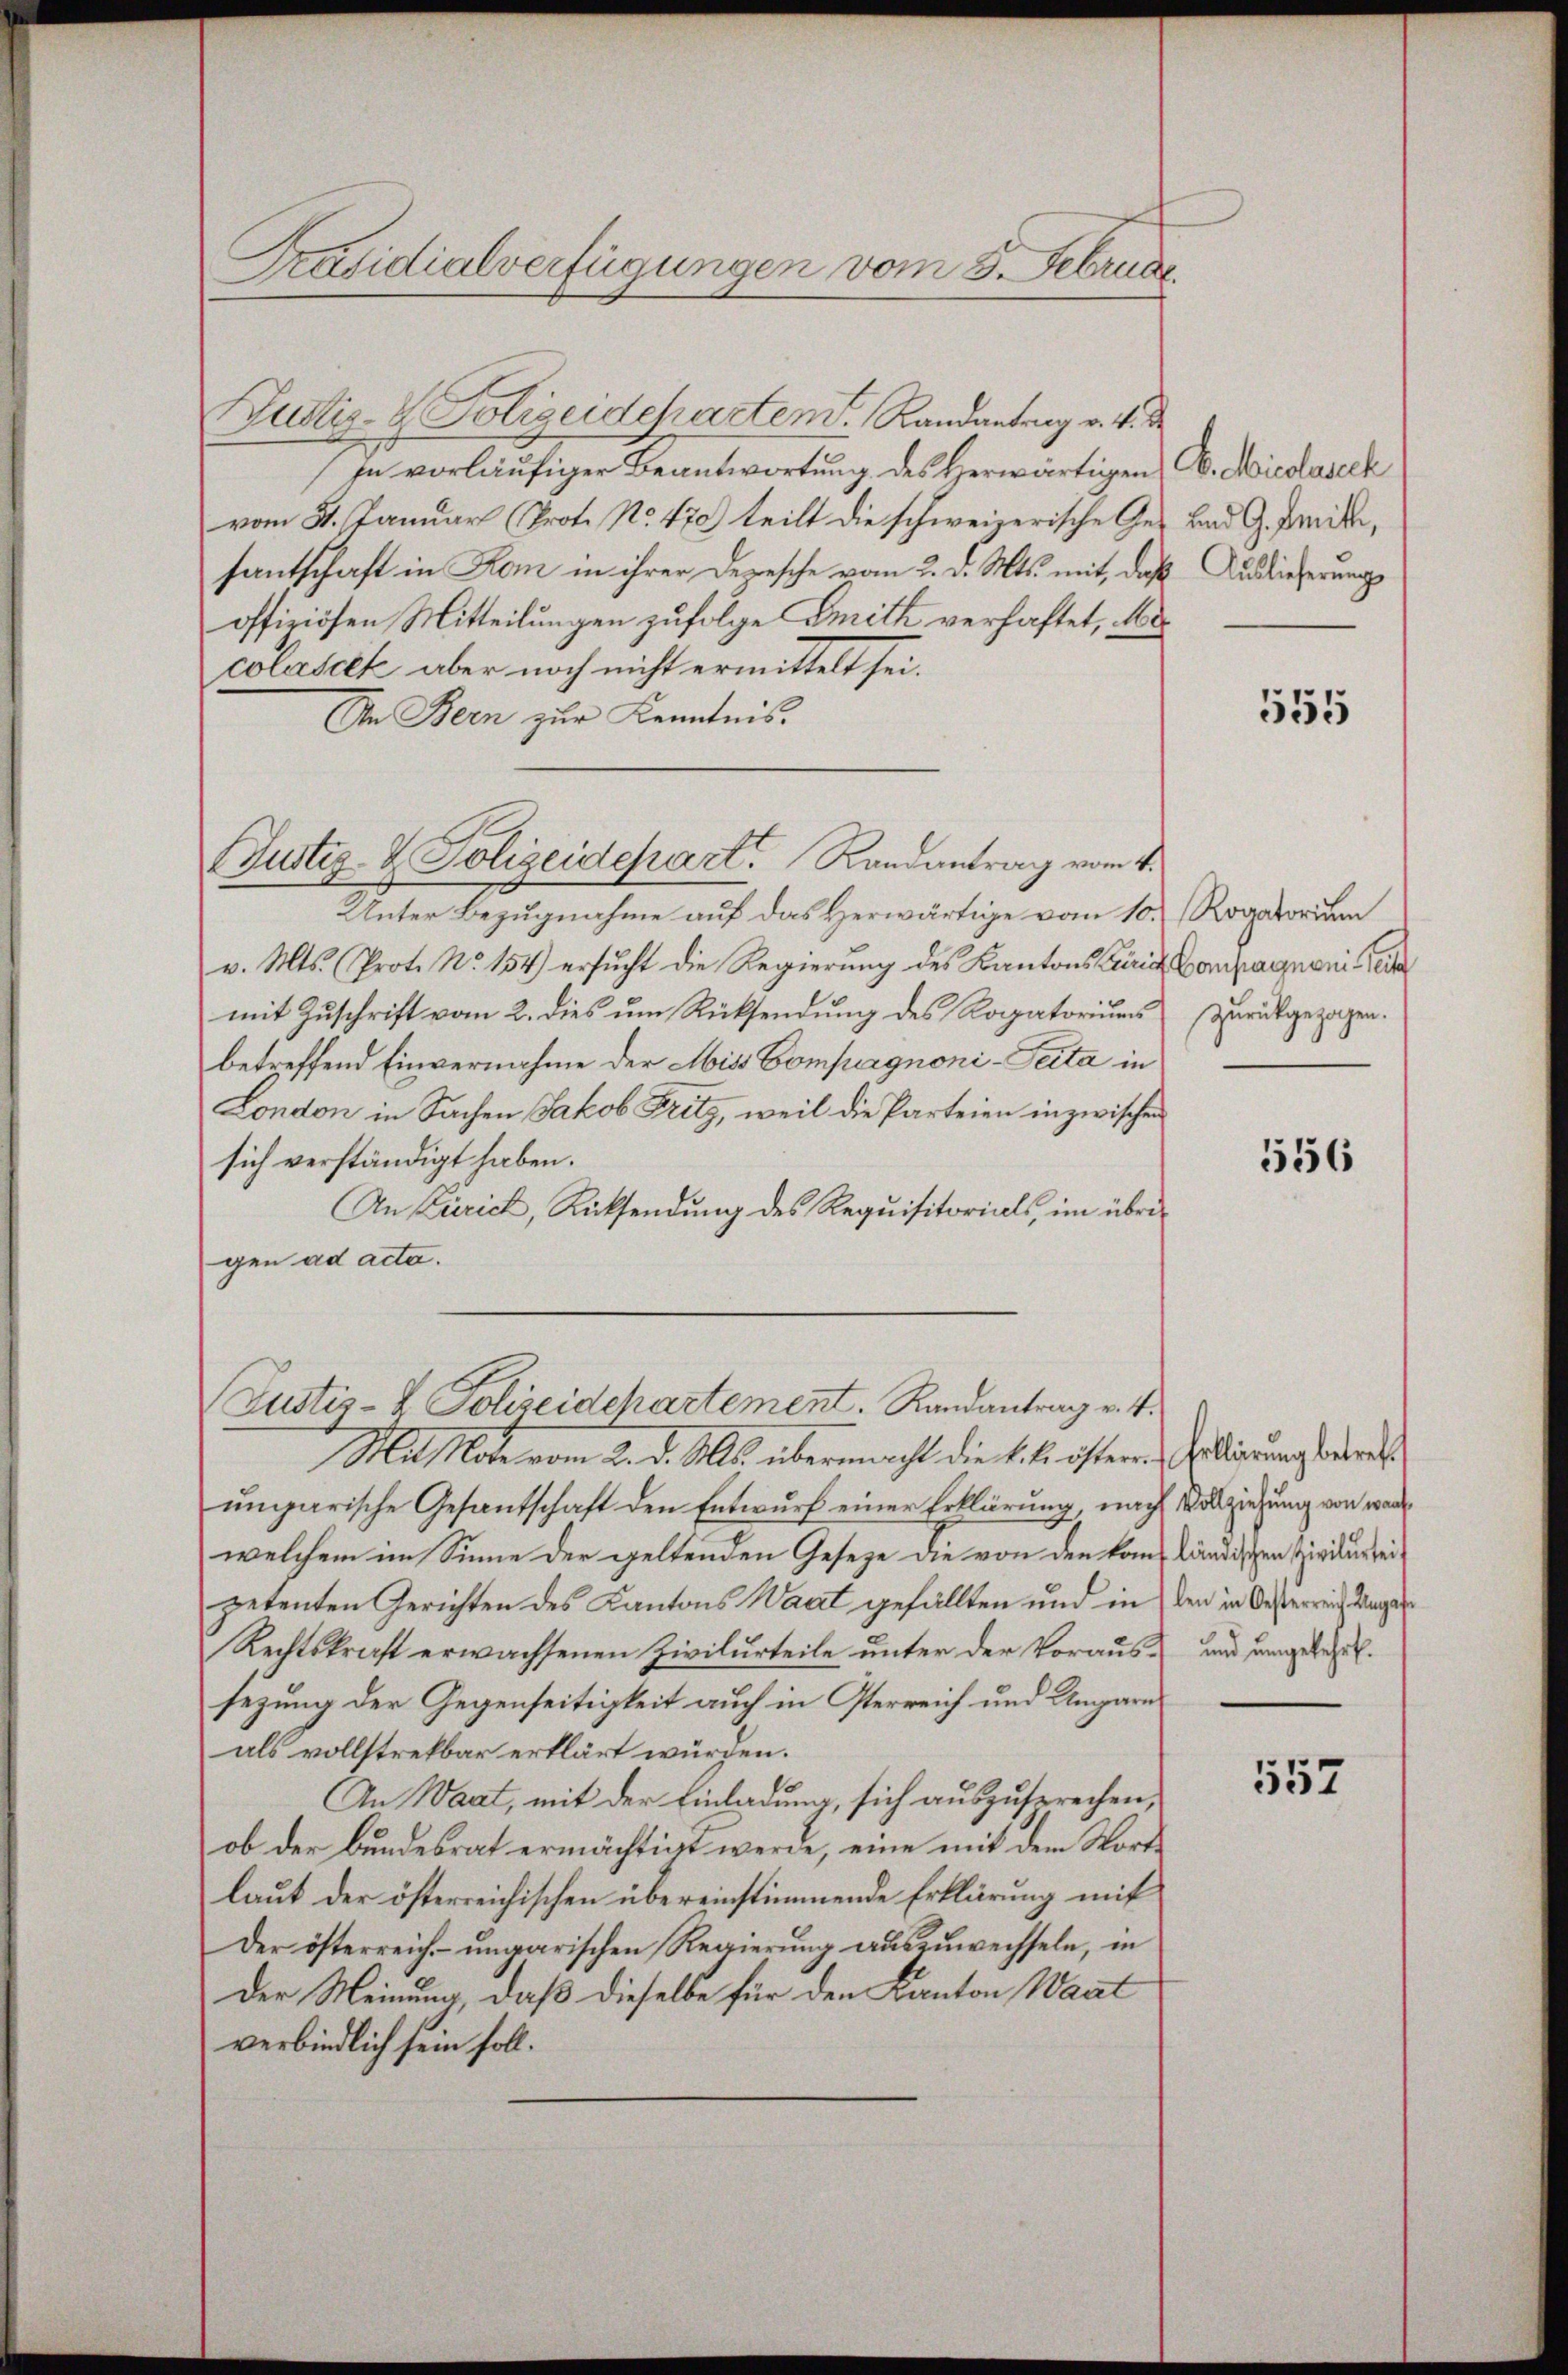
Präsidialverfügungen vom 5. Februar.

Nustiz- & Polizeideparten. Randantrag v. 4. d.
In vorläufiger Beantwortung des Herwärtigen C. Miedaseck
vom 8. Januar (Prot. No. 470) teilt die schweizerische Ge- Bad G. Freibe,
fantschaft in Kan in ihrer Depesche vom 2. d. Mts. mit, daß
offiziösen Mitteilungen zufolge Smith verhaftet, Me
colasett aber noch nicht ermittelt sei.
An Bern zur Kenntnis.
Unter Bezugnahme auf das Herwärtige vom 10. Rogatorium
v. Mts. Prot. No. 154) ersŭcht die Regierŭng des Kantons Caria Compagnoni e
mit Zŭschrift vom 2. dies um Rücksendung des Rogatorium zurückgezogen.
betreffend Einvernahme der Miss Compagnoni - Seita in
London in Sachen Jakob Fritz, weil die Parteien inzwischen
sich verständigt haben.
An Zürich, Rücksendung des Requisitorials, im übrigen ad acta.
Justiz- & Polizeidchartement. Randantrag v. 4.
Masote vom 2. d. Mts. übermacht die k. k. österen Grollierung betrach
ungarische Gesantschaft den Entwurf einer Erklärung, nach Vollziehung von war
welchem im Sinne der geltenden Gesetze die von den kam ländischen Zivilurteipetenten Gerichten des Kantons Wart gefällten und in den in Oesterreich Unger
Rechtskraft erwachsenen Zivilurteile unter der Voraussezung der Gegenseitigkeit auch in Oterreich und Ungarn
als vollstrekbar erklärt würden.
An Waat, mit der Einladung, sich auszusprechen,
ob der Bundesrat ermächtigt werde, eine mit dem Worte
laut der österreichischen übereinstimmende Erklärung mit
Der österreich ungarischen Regierung auszuwechseln, in
Der Meinung, daß dieselbe für den Kanton Wart
verbindlich sein soll.

(Justiz- & Polizeidepart Randantrag vom 4.

Auslieferung

555

556

und umgekehrt.

557